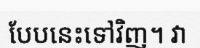
បែបនេះទៅវិញ។ វា